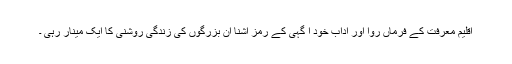
اقلیم معرفت کے فرماں روا اور آدابِ خود آ گہی کے رمز آشنا ان بزرگوں کی زندگی روشنی کا ایک مینار رہی ۔